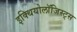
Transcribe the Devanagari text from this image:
इक्थियोलॉजिस्ट्स